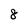
Character: 8